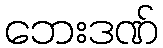
ဘေးဒဏ်